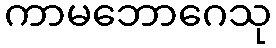
ကာမဘောဂေသု